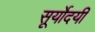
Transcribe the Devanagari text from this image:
सूर्योदयीं